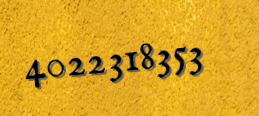
4022318353